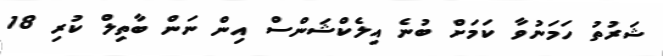
ޝަރުތު ހަމަނުވާ ކަމަށް ބުނެ އިލެކްޝަންސް އިން ނަން ބާތިލް ކުރި 18